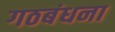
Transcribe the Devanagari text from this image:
गठबंधना